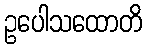
ဥပေါသထောတိ